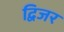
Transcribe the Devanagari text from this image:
द्विजर